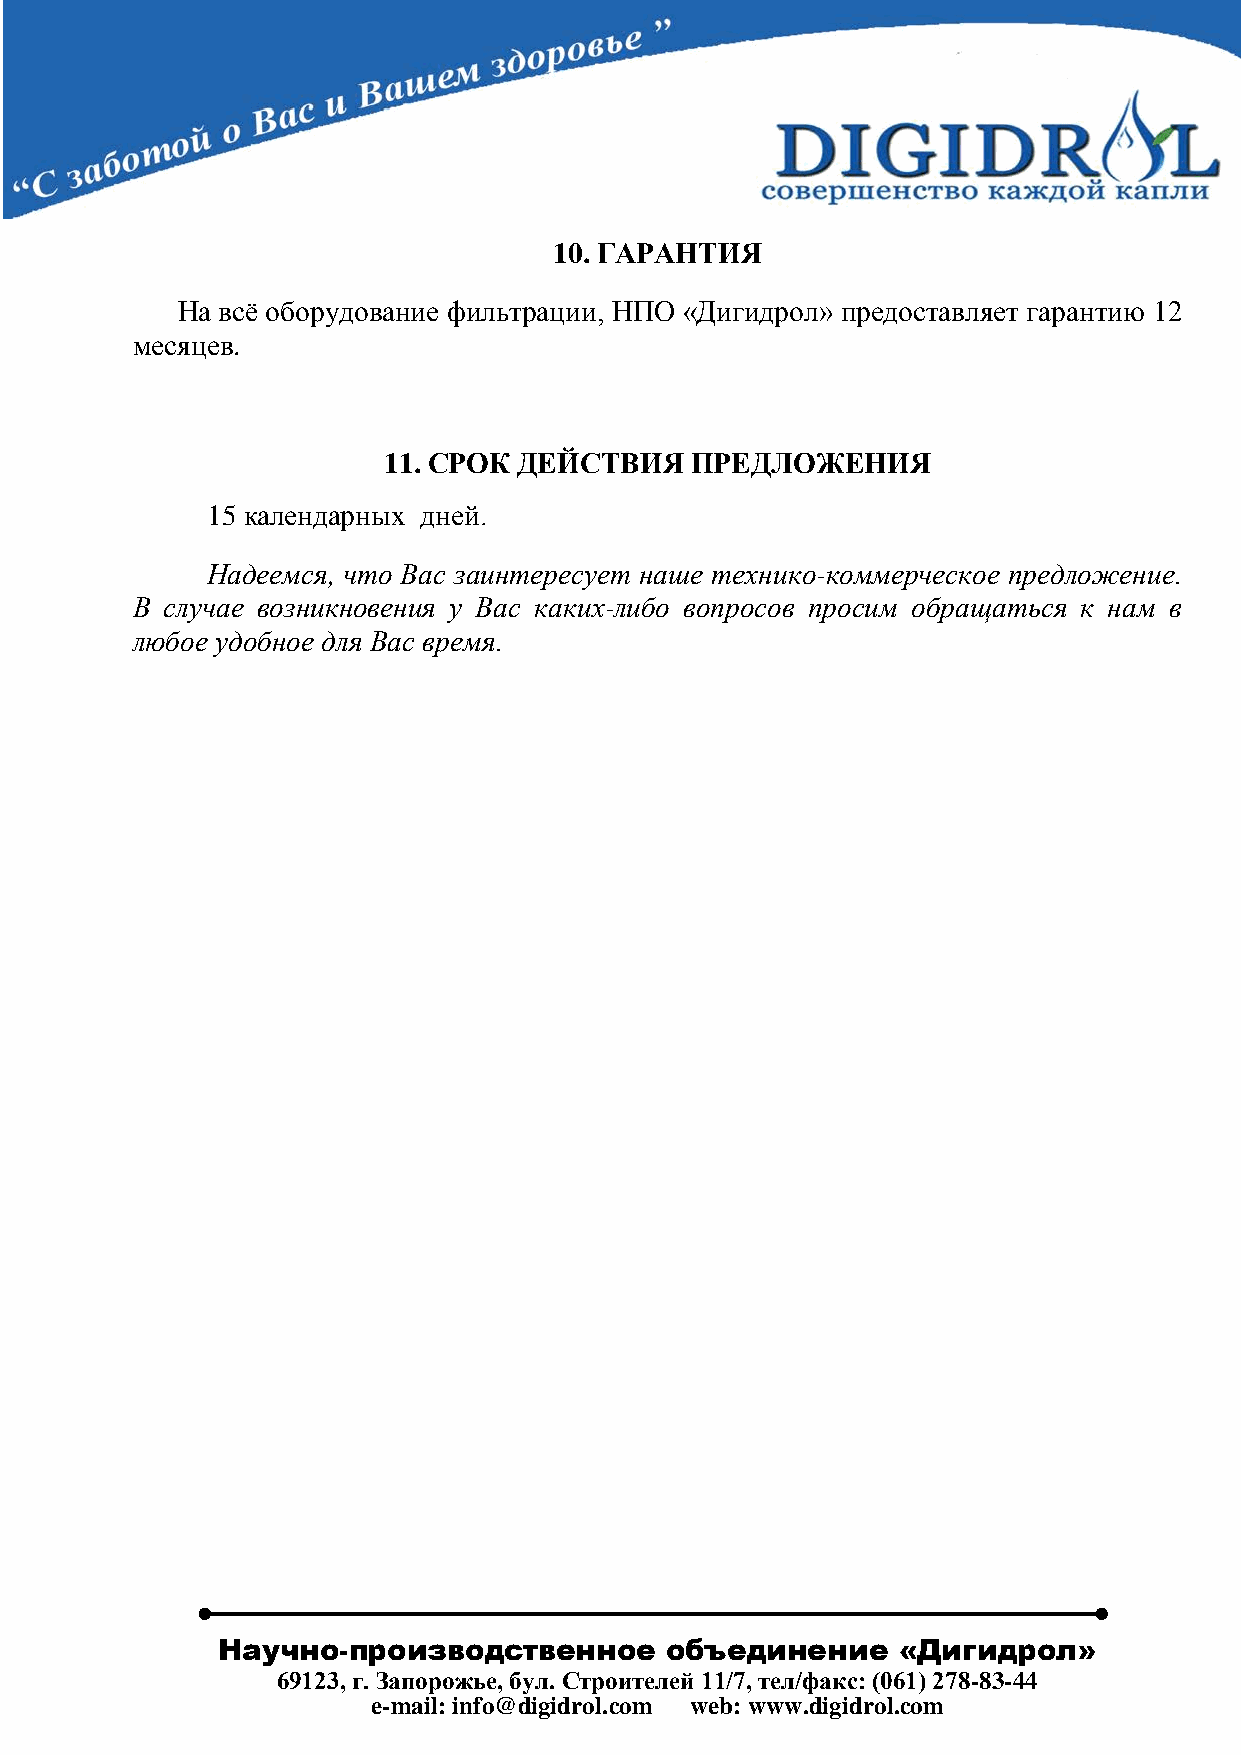
10. ГАРАНТИЯ
 На всё оборудование фильтрации, НПО «Дигидрол» предоставляет гарантию 12
 месяцев.
 11. СРОК ДЕЙСТВИЯ    ПРЕДЛОЖЕНИЯ
 15 календарных дней.
 Надеемся, что Вас заинтересует наше технико-коммерческое предложение.
 В случае возникновения у Вас каких-либо вопросов просим обращаться к нам в
 любое удобное для Вас время.
 Научно-производственное       объединение    «Дигидрол»
 69123, г. Запорожье, бул. Строителей 11/7, тел/факс: (061) 278-83-44
 e-mail: info@digidrol.com web: www.digidrol.com